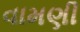
વામણી